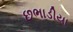
છભાડીયા